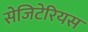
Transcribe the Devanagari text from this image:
सेजिटेरियस